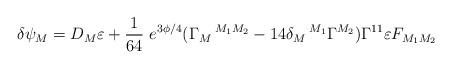
LaTeX: \begin{align*}\delta\psi_M=D_M \varepsilon +{1\over 64}~e^{3\phi/4}(\Gamma_M\,^{M_1M_2} - 14 \delta_M\,^{M_1} \Gamma^{M_2})\Gamma^{11}\varepsilon F_{M_1M_2}\end{align*}